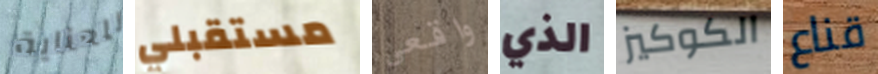
للعناية مستقبلي واقعي الذي الكوكيز قناع